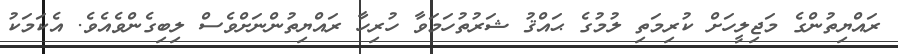
ރައްޔިތުންގެ މަޖިލީހަށް ކުރިމަތި ލުމުގެ ޙައްޤު ޝަރުތުހަމަވާ ހުރިހާ ރައްޔިތުންނަށްވެސް ލިބިގެންވެއެވެ. އެކަމަކު